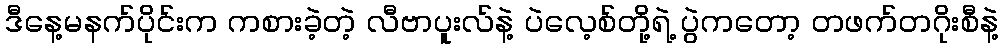
ဒီနေ့မနက်ပိုင်းက ကစားခဲ့တဲ့ လီဗာပူးလ်နဲ့ ပဲလေ့စ်တို့ရဲ့ ပွဲကတော့ တဖက်တဂိုးစီနဲ့